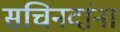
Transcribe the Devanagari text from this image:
सचिनदांना